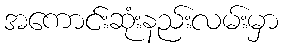
အကောင်းဆုံးနည်းလမ်းမှာ